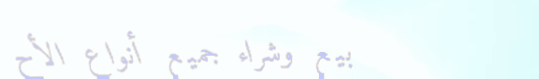
بيع وشراء جميع أنواع الأح